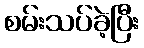
စမ်းသပ်ခဲ့ပြီး